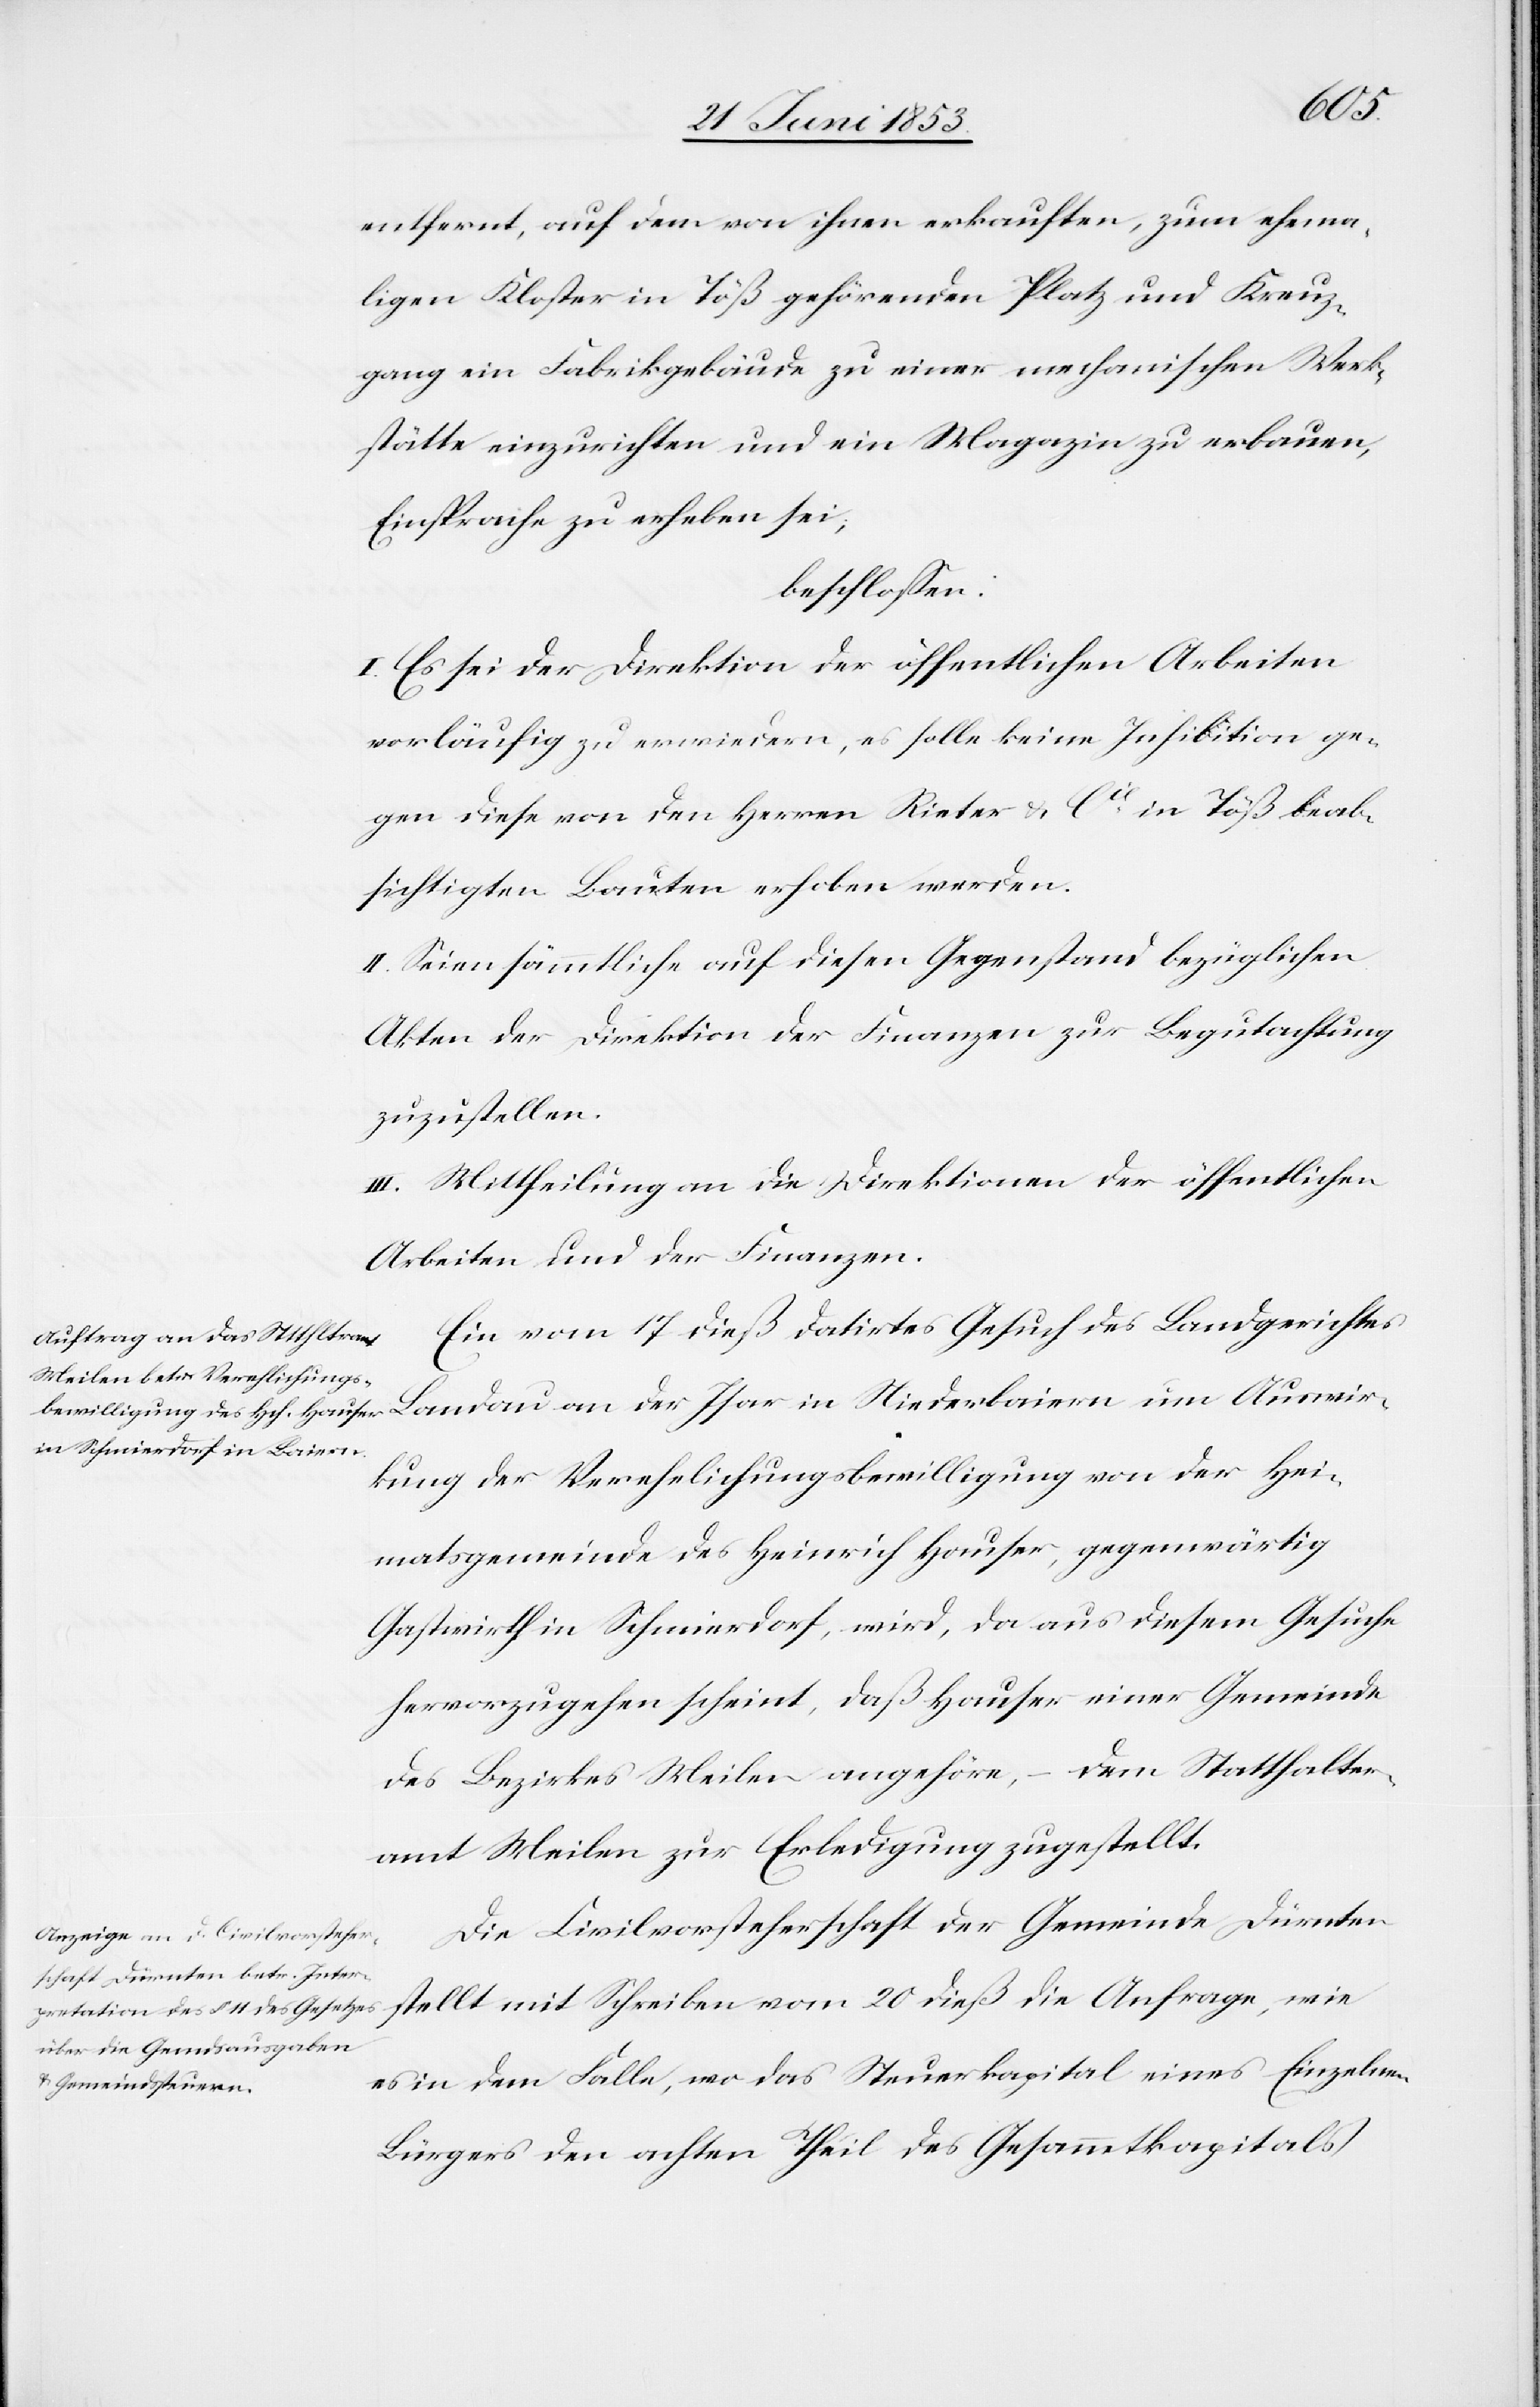
wie
entfernt, auf dem von ihnen erkauften, zum ehema¬
ligen Kloster in Töß gehörenden Platz und Kreuz¬
gang in Fabrikgebäude zu einer mechanischen Werk¬
stätte einzurichten und ein Magazin zu erbauen,
Einsprache zu erheben sei,
beschloßen:
I. Es sei der Direktion der öffentlichen Arbeiten
vorläufig zu erwiedern, es solle keine Inhibition ge¬
gen diese von den Herrn Rieter u. Cie. in Töß beab¬
sichtigten Bauten erhoben werden.
II. Seien sämmtliche auf diesen Gegenstand bezüglichen
Akten der Direktion der Finanzen zur Begutachtung
zuzustellen.
III. Mittheilung an die Direktionen der öffentlichen
Arbeiten und der Finanzen.
Ein vom 17 dieß datirtes Gesuch des Landgerichtes
Landau an der Isar in Niederbaiern um Auswir¬
kung der Verehelichungsbewilligung von der Hei¬
matsgemeinde des Heinrich Hauser, gegenwärtig
Gastwirth in Schmierdorf, wird, da aus diesem Gesuche
hervorzugehen scheint, daß Hauser einer Gemeinde
des Bezirkes Meilen angehöre, – dem Statthalter¬
amt Meilen zur Erledigung zugestellt.
Die Civilvorsteherschaft der Gemeinde Dürnten
es in dem Falle, wo das Steuerkapital eines Einzelnen
Bürgers den achten Theil des Gesammtkapitals